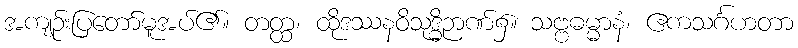
အကျဉ်းပြတော်မူအပ်၏။ တတ္ထ၊ ထိုဒဿနဝိသုဒ္ဓိဉာဏ်၌။ သဗ္ဗဓမ္မာနံ၊ ဧကသင်္ဂဟတာ